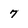
Character: 7